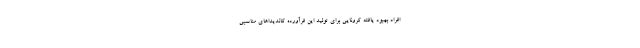
افراد بهبود یافته کرونایی برای تولید این فرآورده کاندیداهای مناسبی